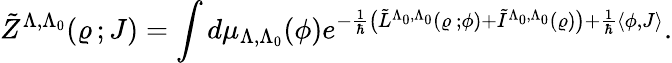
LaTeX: \tilde{Z}^{\Lambda,\Lambda_{0}}(\varrho\, ;J)=\int d\mu_{\Lambda,\Lambda_{0}}(\phi)e^{-\frac{1}{\hbar}\bigl(\tilde{L}^{\Lambda_{0},\Lambda_{0}}(\varrho\, ;\phi)+\tilde{I}^{\Lambda_{0},\Lambda_{0}}(\varrho)\bigr)+\frac{1}{\hbar}\langle\phi,J\rangle}.